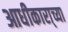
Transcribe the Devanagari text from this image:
आधीकारा्च्या